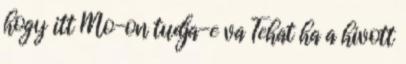
hogy itt Mo-on tudja-e va Tehat ha a hivott